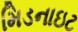
મિડનાઇટ